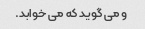
و می گوید که می خوابد.